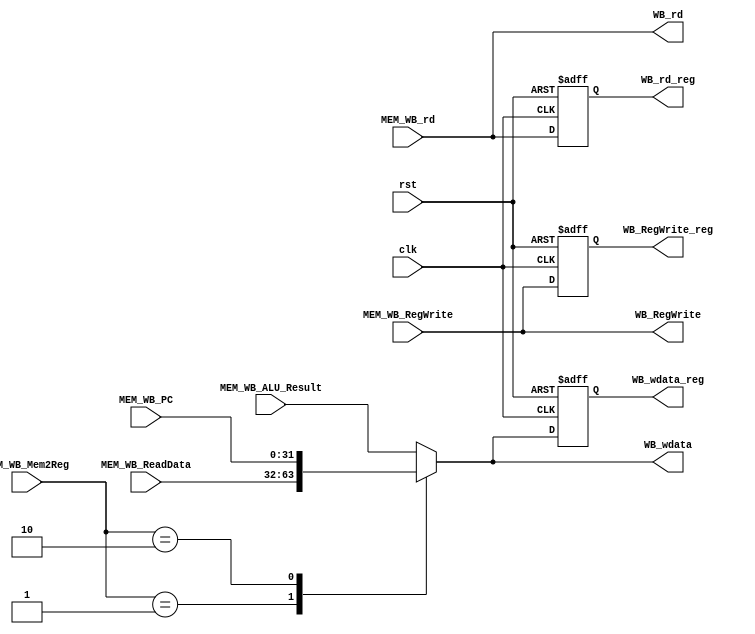
/*the WRITE BACK stage*/

module write_back(
	input clk,
	input rst,

	input [4:0] MEM_WB_rd,

	input MEM_WB_RegWrite,
	input [1:0] MEM_WB_Mem2Reg,
	input [31:0] MEM_WB_ALU_Result,
	input [31:0] MEM_WB_PC,
	input [31:0] MEM_WB_ReadData,

	/* write back to regfile */
	output [4:0] WB_rd,
	output reg [4:0] WB_rd_reg,
	output WB_RegWrite,
	output reg [31:0] WB_wdata,
	output reg [31:0] WB_wdata_reg,
	output reg WB_RegWrite_reg

);
	/* Write regfile data selector */
	always @( * ) begin
		case(MEM_WB_Mem2Reg)
			2'b00: WB_wdata = MEM_WB_ALU_Result;
			2'b01: WB_wdata = MEM_WB_ReadData;
			2'b10: WB_wdata = MEM_WB_PC;
			default: WB_wdata = MEM_WB_ALU_Result;
		endcase
	end

	/* Write Address */
	assign WB_rd = MEM_WB_rd;

	/* Write enable */
	assign WB_RegWrite = MEM_WB_RegWrite;

	always @(posedge clk or posedge rst) begin
		if (rst) begin
			// reset
			WB_wdata_reg <= 32'd0;
			WB_rd_reg <= 5'd0;
			WB_RegWrite_reg <= 1'd0;
		end
		else begin
			WB_wdata_reg <= WB_wdata;
			WB_rd_reg <= WB_rd;
			WB_RegWrite_reg <= MEM_WB_RegWrite;
		end
	end
endmodule